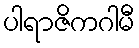
ပါရာဇိကဂါမီ